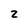
Character: 2